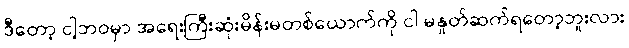
ဒီတော့ ငါ့ဘဝမှာ အရေးကြီးဆုံးမိန်းမတစ်ယောက်ကို ငါ မနှုတ်ဆက်ရတော့ဘူးလား